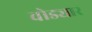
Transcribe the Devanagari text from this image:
वोड्यार